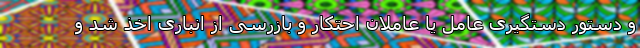
و دستور دستگیری عامل یا عاملان احتکار و بازرسی از انباری اخذ شد و